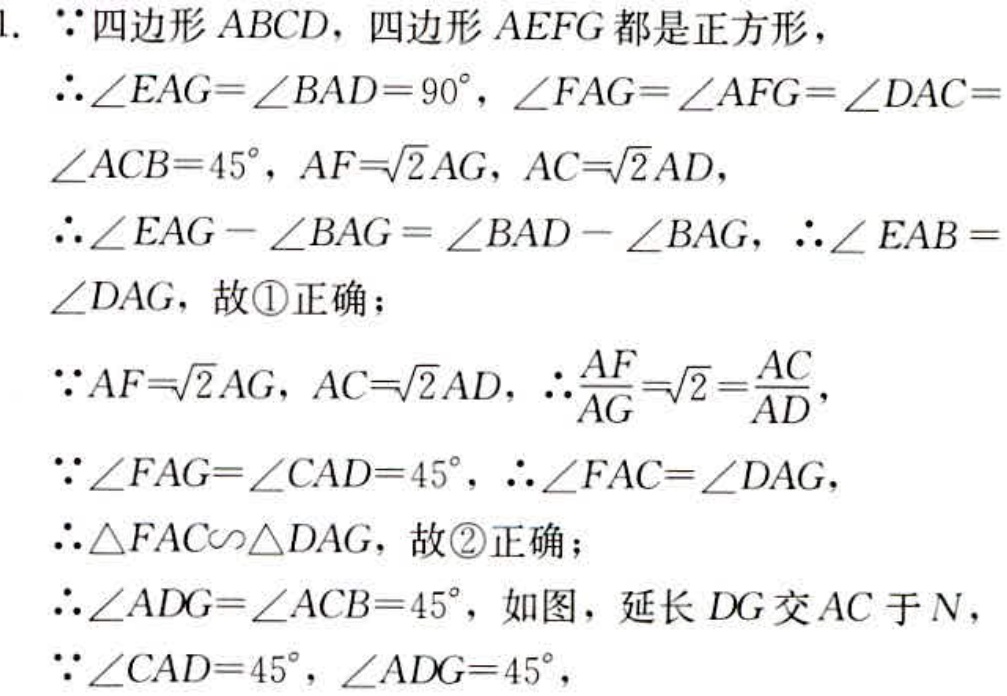
1. $\because$四边形$ABCD$，四边形$AEFG$都是正方形，
$\therefore\angle EAG = \angle BAD = 90^{\circ}$，$\angle FAG=\angle AFG = \angle DAC = \angle ACB = 45^{\circ}$，$AF = \sqrt{2}AG$，$AC=\sqrt{2}AD$，
$\therefore\angle EAG-\angle BAG=\angle BAD - \angle BAG$，$\therefore\angle EAB=\angle DAG$，故\textcircled{1}正确；
$\because AF=\sqrt{2}AG$，$AC = \sqrt{2}AD$，$\therefore\frac{AF}{AG}=\sqrt{2}=\frac{AC}{AD}$，
$\because\angle FAG=\angle CAD = 45^{\circ}$，$\therefore\angle FAC=\angle DAG$，
$\therefore\triangle FAC\sim\triangle DAG$，故\textcircled{2}正确；
$\therefore\angle ADG=\angle ACB = 45^{\circ}$，如图，延长$DG$交$AC$于$N$，
$\because\angle CAD = 45^{\circ}$，$\angle ADG = 45^{\circ}$，